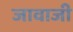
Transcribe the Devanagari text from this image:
जावाजी